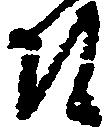
そ